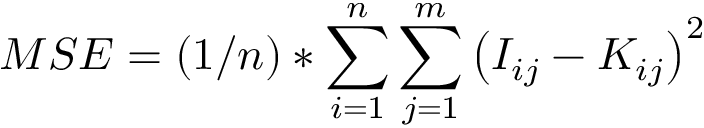
M S E = ( 1 / n ) * \sum _ { i = 1 } ^ { n } \sum _ { j = 1 } ^ { m } \left( I _ { i j } - K _ { i j } \right) ^ { 2 }